Statistical return of the lunatic asylum in Assam - 1912-1932
Year: 1912
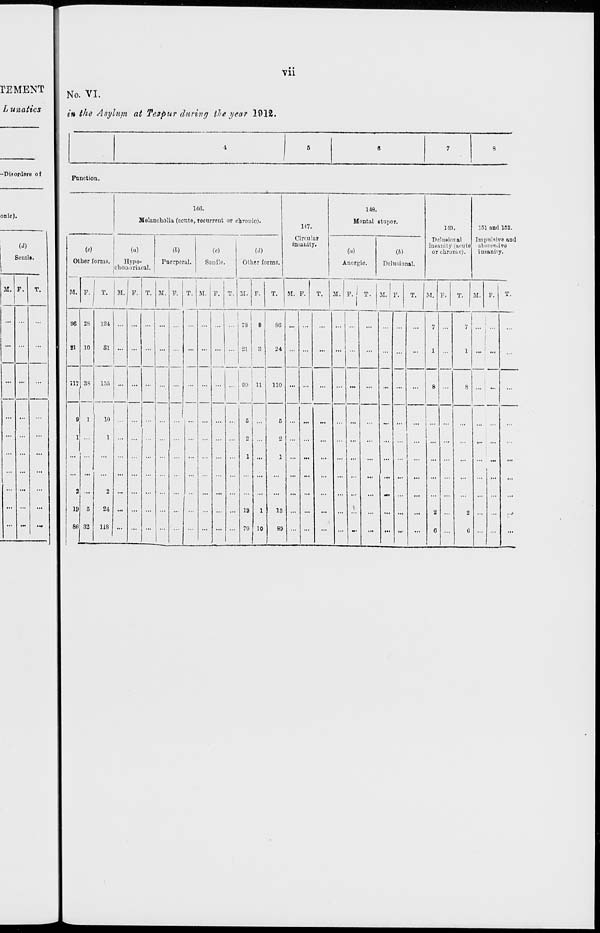
rEMENT
L una tics
Vll
No. VI.
in the Asylum at Tezpur during tite year 1912.
-Pisorders of
onic).
(d)
Senile.
M. F.
Function.
146.
Melancholia (acnto, tocurrcnt or chronic).
(«)
Other forms.
(a)
H.ypo-
chonariacal.
(J)
Puerperal.
(<0
Senile.
M. P. I T.
M. F. T. M. F.
M.
(d)
Other forms.
117.
Circular
insanity.
148.
Mental stupor.
Anergic.
Delusional.
140.
Pclunior.al
insanity (acute
or chronic)
151 and 182.
Impulsive «Dd
abscesbive
insanity.
U. F.
T.
M. F.
T.
M. F. I T. M. F. T. M. F. T. M. P.
06 2S
81 10
117 38
124
81
9 1
1 ...
M«
10
1
2 ...
19 5
80 33
24
118
21
8G
... 91)
"
110
G
13
89